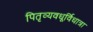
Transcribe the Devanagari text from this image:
पितृव्यवधूर्विधात्रा